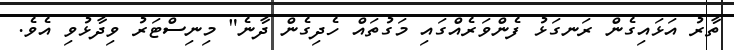
ތާރު އަޅައިގެން ރަނގަޅު ފެންވަރެއްގައި މަގުތައް ހެދިގެން ދާނެ" މިނިސްޓަރު ވިދާޅުވި އެވެ.